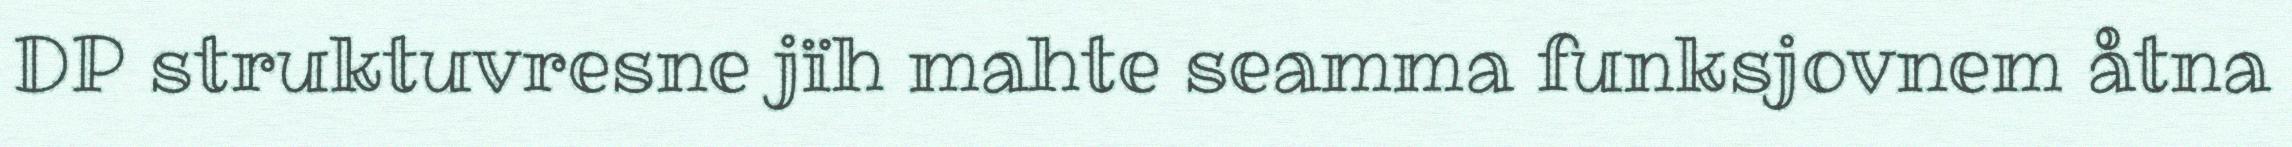
DP struktuvresne jïh mahte seamma funksjovnem åtna